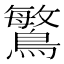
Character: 𪄴